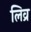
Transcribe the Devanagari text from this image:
लिव्र